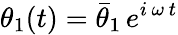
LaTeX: \theta_{1}(t)=\bar{\theta}_{1}\, e^{i\, \omega\, t}